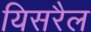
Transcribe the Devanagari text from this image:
यिसरैल